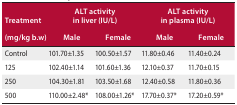
<table><thead><tr><td><b>Treatment</b></td><td colspan="2"><b>ALT activity in liver (IU/L)</b></td><td colspan="2"><b>ALT activity in plasma (IU/L)</b></td></tr><tr><td><b>(mg/kg b.w)</b></td><td><b>Male</b></td><td><b>Female</b></td><td><b>Male</b></td><td><b>Female</b></td></tr></thead><tbody><tr><td>Control</td><td>101.70±1.35</td><td>100.50±1.57</td><td>11.80±0.46</td><td>11.40±0.24</td></tr><tr><td>125</td><td>102.40±1.14</td><td>101.60±1.36</td><td>12.10±0.37</td><td>11.70±0.15</td></tr><tr><td>250</td><td>104.30±1.81</td><td>103.50±1.68</td><td>12.40±0.58</td><td>11.80±0.36</td></tr><tr><td>500</td><td>110.00±2.48*</td><td>108.00±1.26*</td><td>17.70±0.37*</td><td>17.20±0.59*</td></tr></tbody></table>